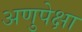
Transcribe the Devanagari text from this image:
अणुपेक्षा